Malaria in the Punjab - Number 46
Disease focus: Malaria
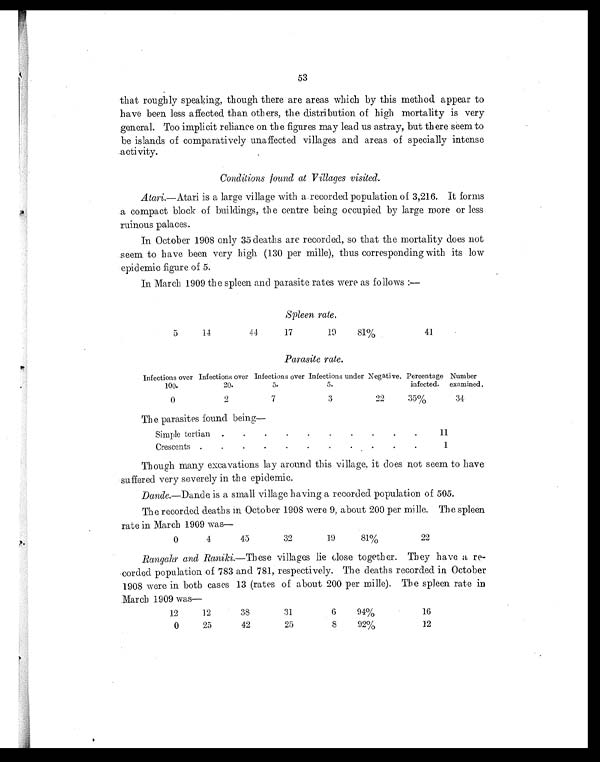
53
that roughly speaking, though there are areas which by this method appear to
have been less affected than others, the distribution of high mortality is very
general. Too implicit reliance on the figures may lead us astray, but there seem to
be islands of comparatively unaffected villages and areas of specially intense
activity.
Conditions found at Villages visited.
Atari.—Atari is a large village with a recorded population of 3,216. It forms
a compact block of buildings, the centre being occupied by large more or less
ruinous palaces.
In October 1908 only 35 deaths are recorded, so that the mortality does not
seem to have been very high (130 per mille), thus corresponding with its low
epidemic figure of 5.
In March 1909 the spleen and parasite rates were as follows :—
S p l e e n r a t e .
5
1 4
4 4
17
19
81%
41
Parasite rate.
Infections over
100.
Infections over
20.
Infections over
5.
Infections under
5.
Negative. Percentage
infected.
Number
examined.
0
2
7
3
22
35%
3 4
The parasites found being—
Simple tertian
. .
.
.
.
.
.
.
.
. 11
Crescents .
.
.
.
.
.
.
.
.
.
. 1
Though many excavations lay around this village, it does not seem to have
suffered very severely in the epidemic.
Dande. —Dande is a small village having a recorded population of 505.
The recorded deaths in October 1908 were 9, about 200 per mille. The spleen
rate in March 1909 was
—
0
4
45
32
19
81%
22
Rangahr and Raniki. —These villages lie close together. They have a re-
corded population of 783 and 781, respectively. The deaths recorded in October
1908 were in both cases 13 (rates of about 200 per mille). The spleen rate in
March 1909 was—
12
12
38
31
6
94%
16
0
25
42
25
8
92%
12